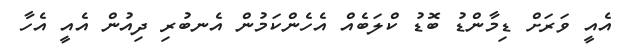
އެއީ ވަރަށް ޑިމާންޑު ބޮޑު ކްލަބެއް އެހެންކަމުން އެނބުރި ދިއުން އެއީ އެހާ